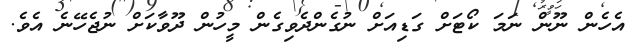
އެހެން ނޫން ނަމަ ކޯޓަށް ގަޑިއަށް ނުގެންދެވިގެން މީހުން ދޫވާކަށް ނުޖެހޭނެ އެވެ.